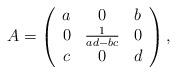
LaTeX: \begin{align*} \begin{array}{lllllll}A=\left(\begin{array}{ccc}a & 0 & b \\ 0 & \frac{1}{ad-bc} & 0 \\ c& 0 & d \end{array}\right),\end{array} \end{align*}